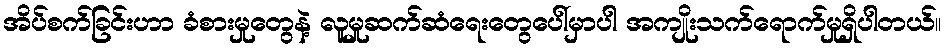
အိပ်စက်ခြင်းဟာ ခံစားမှုတွေနဲ့ လူမှုဆက်ဆံရေးတွေပေါ်မှာပါ အကျိုးသက်ရောက်မှုရှိပါတယ်။